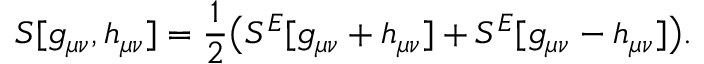
S [ g _ { \mu \nu } , h _ { \mu \nu } ] = \frac { 1 } { 2 } \big ( S ^ { E } [ g _ { \mu \nu } + h _ { \mu \nu } ] + S ^ { E } [ g _ { \mu \nu } - h _ { \mu \nu } ] \big ) .